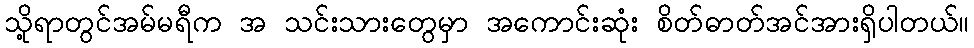
သို့ရာတွင်အမ်မရီက အ သင်းသားတွေမှာ အကောင်းဆုံး စိတ်ဓာတ်အင်အားရှိပါတယ်။